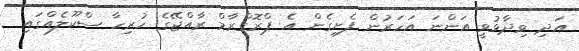
އަދި ވިދާޅުވީ އަންނަ އަހަރުން ފެށިގެން އެ ޕްރޮގްރާމް ރާއްޖޭގެ ހުރިހާ ސްކޫލެއްގައި